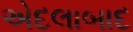
એદલાબાદ